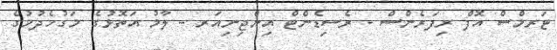
ޓަރމްސް އޮފް ރިފަރެންސް - ރެސިޑެންޓް އިންޖިނިއަރ - ލާމު އަތޮޅުގެ މަގުހެދުމުގެ